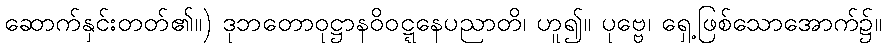
ဆောက်နှင်းတတ်၏။) ဒုဘတောဝုဋ္ဌာနဝိဝဋ္ဋနေပညာတိ၊ ဟူ၍။ ပုဗ္ဗေ၊ ရှေ့ဖြစ်သောအောက်၌။